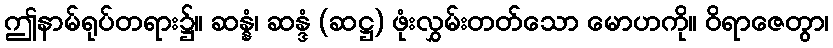
ဤနာမ်ရုပ်တရား၌။ ဆန္နံ၊ ဆန္ဒံ (ဆဋ္ဌ) ဖုံးလွှမ်းတတ်သော မောဟကို။ ဝိရာဇေတွာ၊